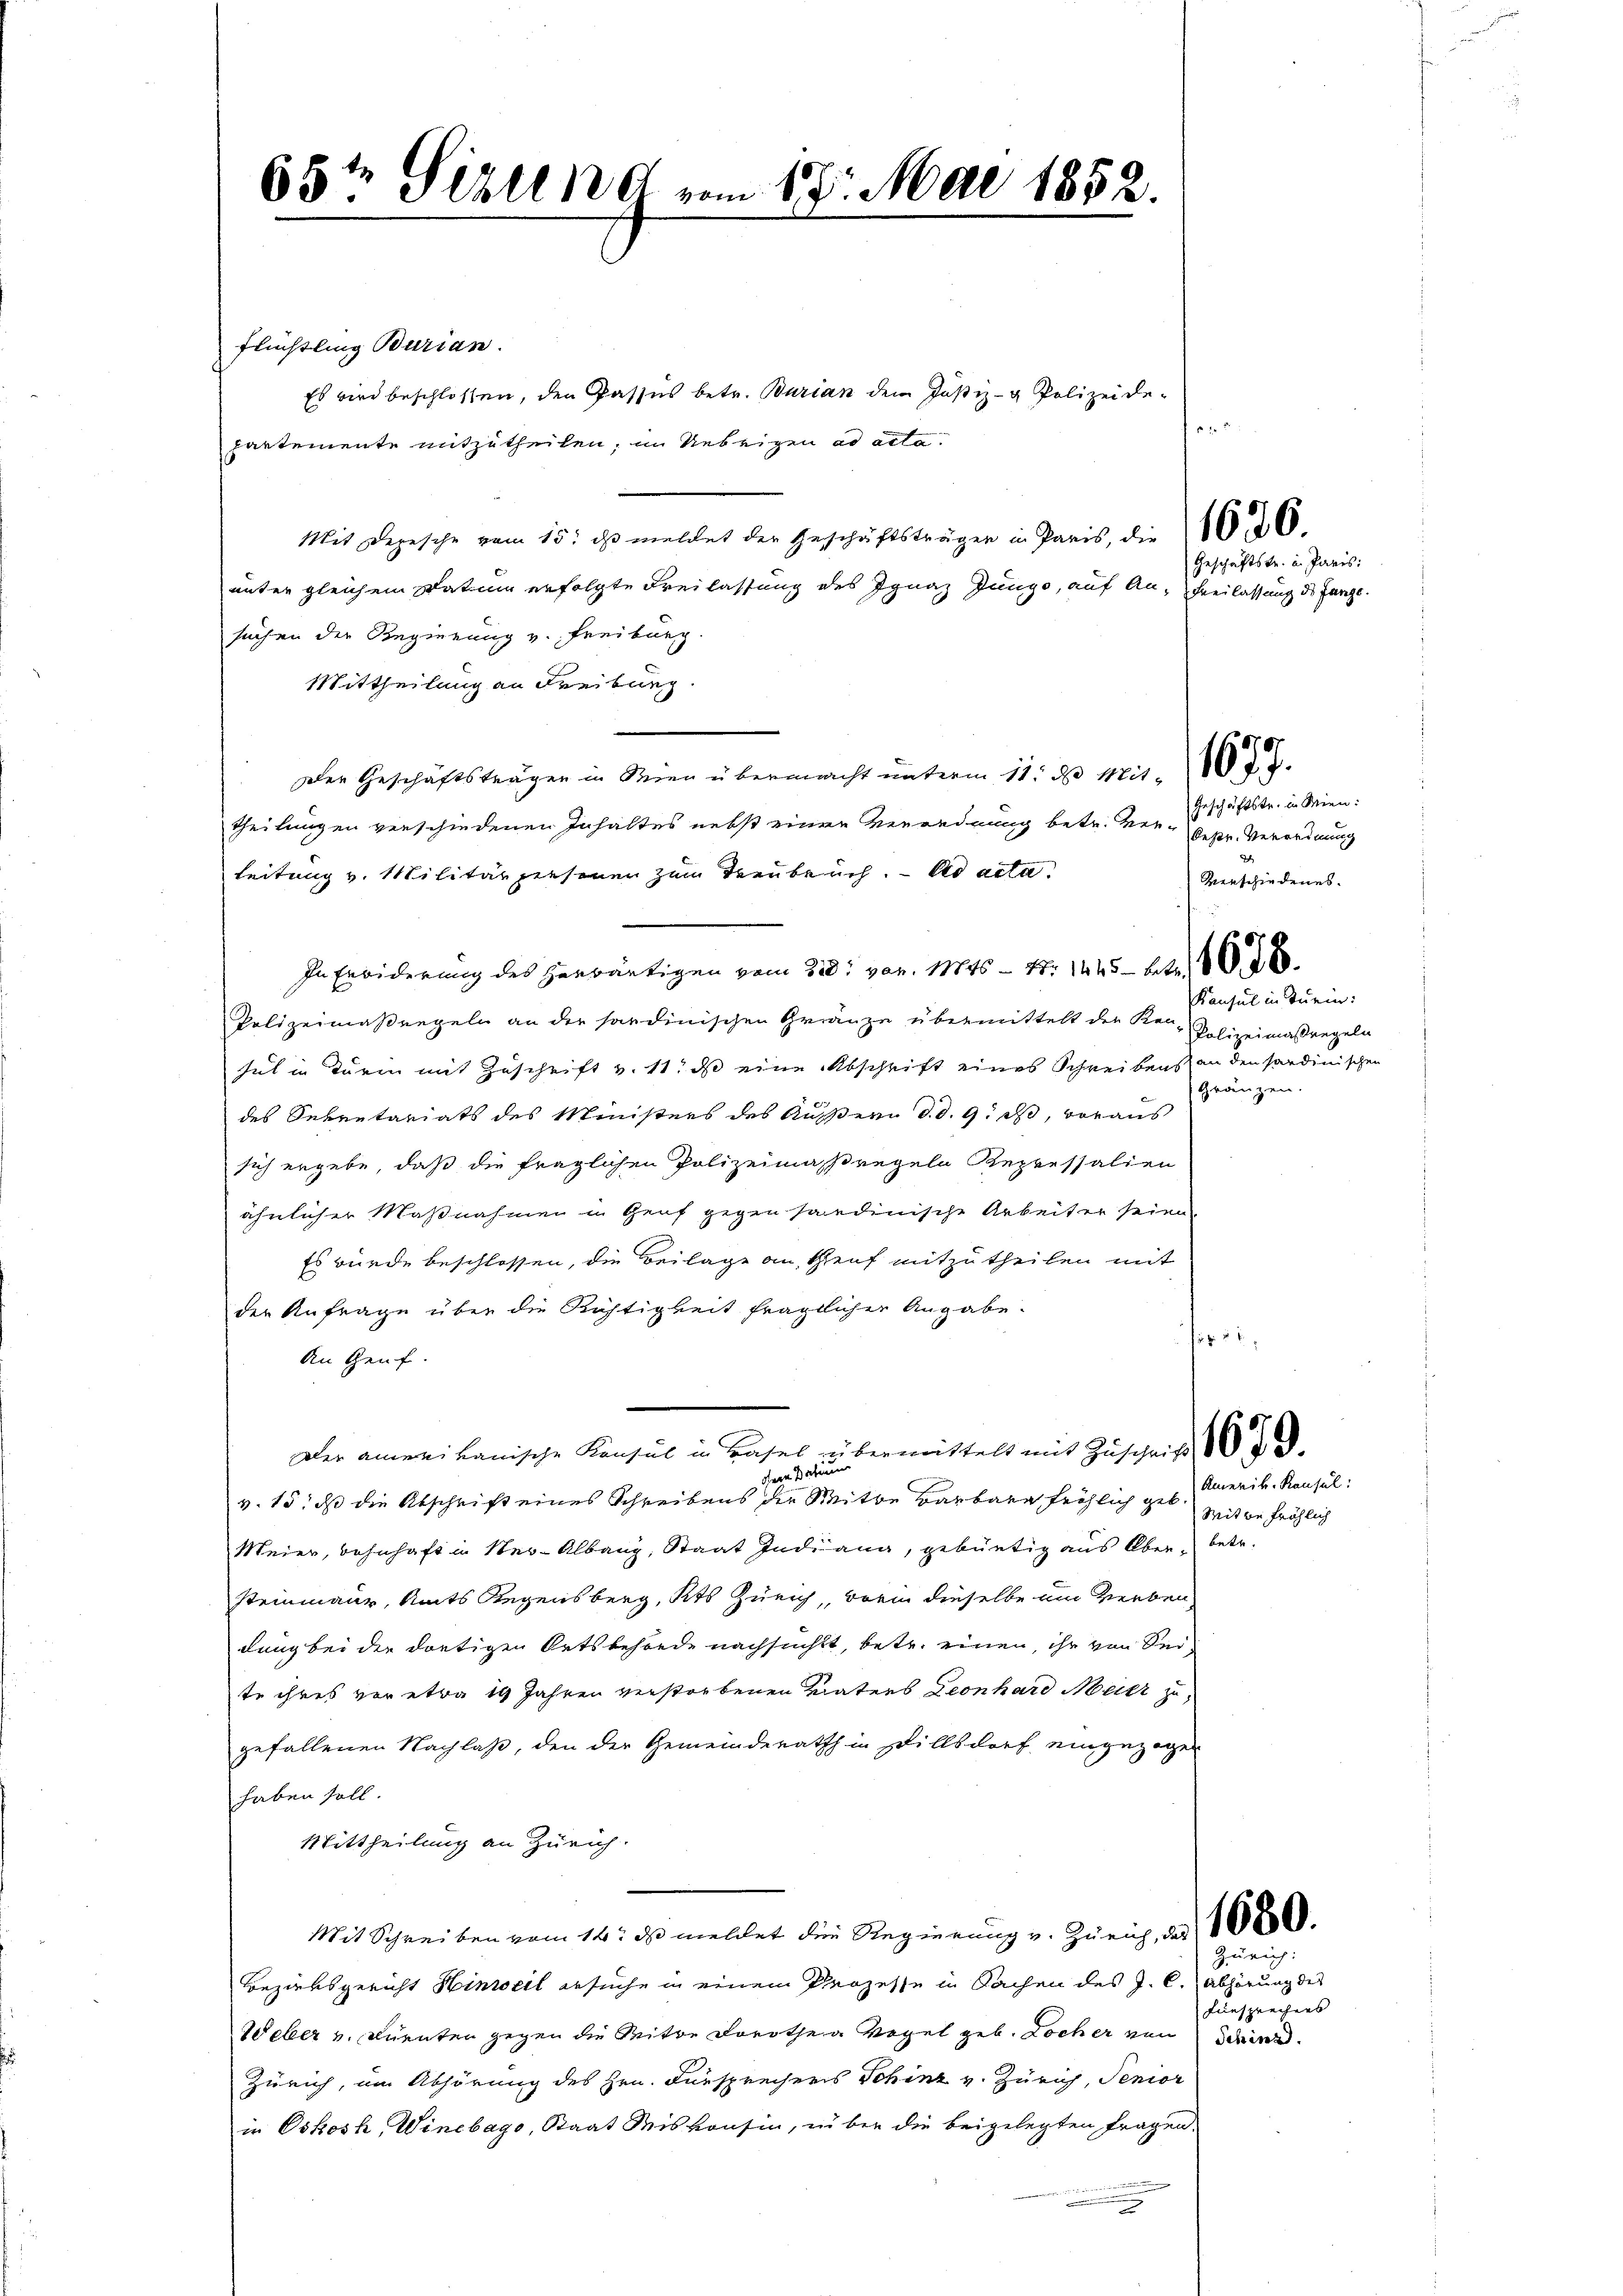
65te Sirung vom 17. Mai 1852.

Flüchtling Burian.
Es wird beschlossen, den Passus betr. Burian dem Justiz- & Polizeide-
partemente mitzutheilen, im Uebrigen ad acta.
Mit Depesche vom 15. dβ meldet der Geschäftsträger in Paris, die 200.
unter gleichem Datum erfolgte Freilassung des Ignaz Jungo, auf An-Freilassung des fange.
suchen der Regierung v. Freiburg.
Mittheilung an Freiburg
Der Geschäftsträgen in Wien übermacht ŭnterm 11. ds Mit
theilungen verschiedenen Inhaltes nebst einer Verordnung betr. Ver- Geschäftstr. in Wien:
Leitung v. Militärpersonen zum Treubruch. ad acta.
In Erbiderung des herwärtigen vom 22. von 1846 - 4. 1445—228
Polizeimaßregeln an der sardinischen Grenze übermittelt der Ken-
hut in Turin mit Zuschrift v. 11. ds eine Abschrift eines Schreibens an den sardinischen
des Sekretariats des Ministers des Äußern d. d. 9. ds, voraus
sich ergebe, daß die fraglichen Polizeimaßregeln Repressalien
ähnlicher Maßnahmen in Genf gegen sondinische Arbeiter seine
Es würde beschlossen, die Beilage an, Genf mitzutheilen mit
der Anfrage über die Richtigkeit fraglicher Angabe.
Frk. 2
An Genf.
Der amerikanische Konsul in Basel übermittelt mit Zuschrift 10. d. d.
dere Datum
v. 15, dß die Abschrift eines Schreibens der Mitte Barbare fröhlich geb.
Meier, Bahnhaft in Ner-Albang, Staat Indiana, gebürtig aus Aber betr.
Steinmaur, Amts Regensberg, Kts Zürich, worin dieselbe um Verbeidung bei der dortigen Ortsbehörde nachsucht, betr. einen, ihr von Seite ihres vor etwa 19 Jahren verstorbenen Maters Leonhard Meier zu
gefallenen Nachlaß, den der Gemeinderath in Dillsdorf eingezogen
haben soll
Mittheilung an Zürich.
Mit Schreiben vom 14. ds meldet die Regierung v. Zürich, das 1080.
Bezirksgericht Hinweil ersuche in einem Prozesse in Sachen des J. C. Abhörung des
Weber u. Dürnten gegen die Mitte Dorothen Vogel geb. Locher von Schine.
Zürich, um Abhörung des Hrn. Fürsprechers Schinz v. Zürich, Senior
in Oskosh, Winebago, Staat Miskonsin, über die beigelegten Fragen,

n

e

Geschäftstr. in Paris:

Deser Verordnung
Verschiedenes.
Konsul in Turin:
Polizeimaßregeln
Gränzen.

Ruenik. Kausul:
Witte fröhlich

Zürich:
Fürsprechens